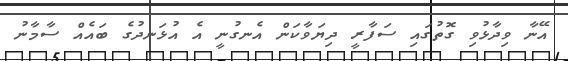
އޭނާ ވިދާޅުވި ގޮތުގައި ސަފާރީ ދިޔަވާކަން އެނގުނީ އެ އުޅަނދުގެ ބައެއް ސާމާނު